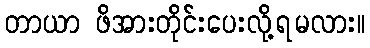
တာယာ ဖိအားတိုင်းပေးလို့ရမလား။